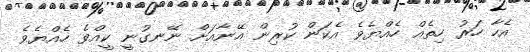
އެހާ ހަރު ހިތެއް ހެއްޔެވެ އެކަން ކުރިން އޭނާއަށް ނޭނގުނީ ކީއްވެ ހެއްޔެވެ